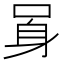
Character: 𨈗